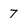
Character: 7